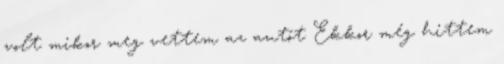
volt mikor meg vettem az autót Ekkor még hittem